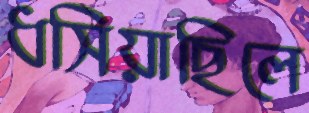
ধসিয়াছিলে